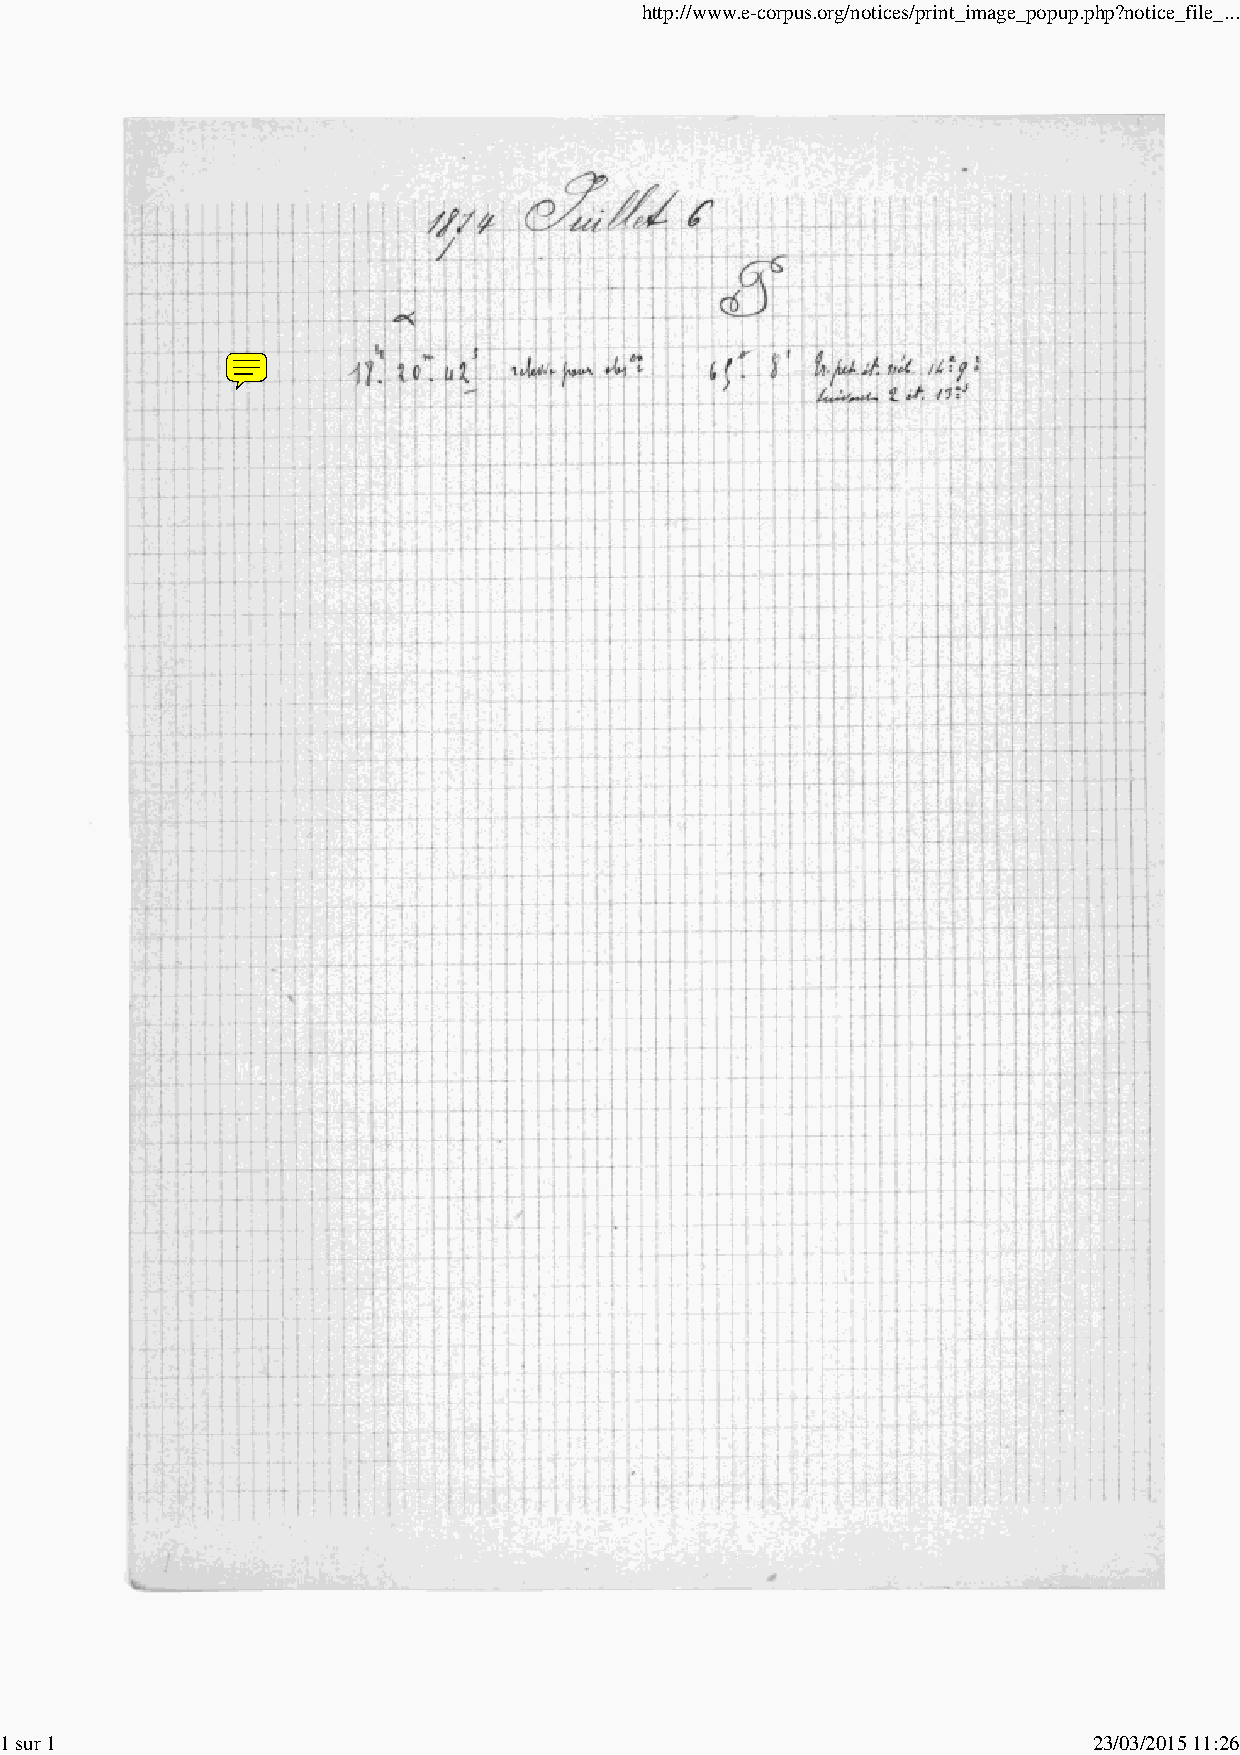
http://www.e-corpus.org/notices/print_image_popup.php?notice_file_...
 1 sur 1                                                                 23/03/2015 11:26